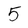
Character: 5